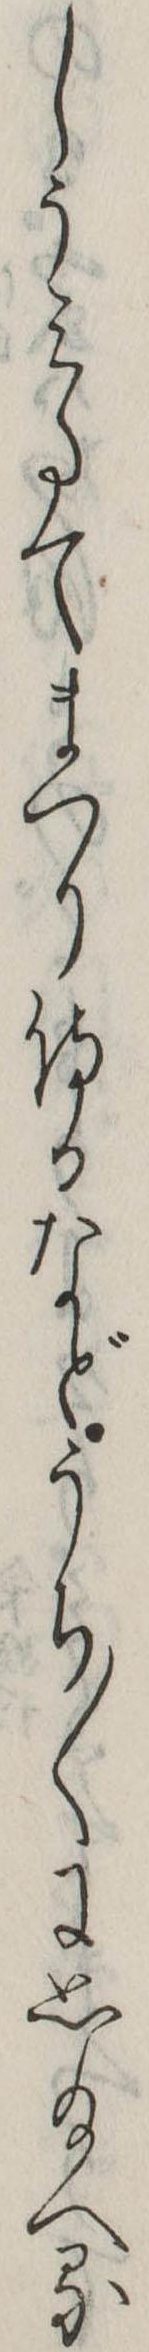
しうみたてまつり侍るなどうち〱に思給へる